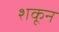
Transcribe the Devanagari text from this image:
शकून